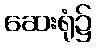
ဆေးရုံ၌